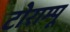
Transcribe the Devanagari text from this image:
टोराम्पू